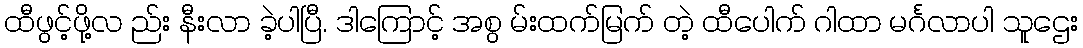
ထီဖွင့်ဖို့လ ည်း နီးလာ ခဲ့ပါပြီ. ဒါကြောင့် အစွ မ်းထက်မြက် တဲ့ ထီပေါက် ဂါထာ မင်္ဂလာပါ သူဌေး